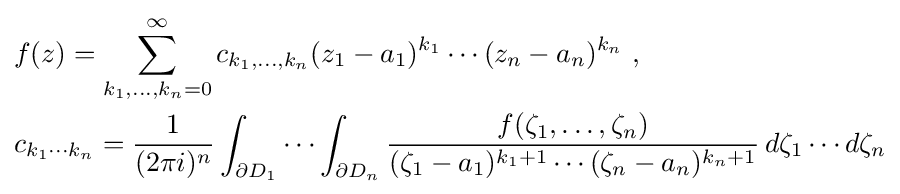
{\begin{aligned}&f(z)=\sum _{k_{1},\dots ,k_{n}=0}^{\infty }c_{k_{1},\dots ,k_{n}}(z_{1}-a_{1})^{k_{1}}\cdots (z_{n}-a_{n})^{k_{n}}\ ,\\&c_{k_{1}\cdots k_{n}}={\frac {1}{(2\pi i)^{n}}}\int _{\partial D_{1}}\cdots \int _{\partial D_{n}}{\frac {f(\zeta _{1},\dots ,\zeta _{n})}{(\zeta _{1}-a_{1})^{k_{1}+1}\cdots (\zeta _{n}-a_{n})^{k_{n}+1}}}\,d\zeta _{1}\cdots d\zeta _{n}\end{aligned}}